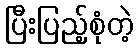
ပြီးပြည့်စုံတဲ့